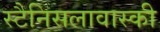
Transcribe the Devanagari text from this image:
स्टैनिसलावास्की